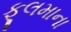
ફૂલમાના